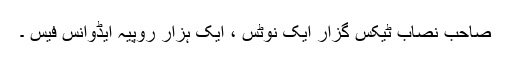
صاحب نصاب ٹیکس گزار ایک نوٹس ، ایک ہزار روپیہ ایڈوانس فیس ۔